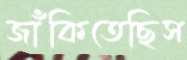
জাঁকিতেছিস